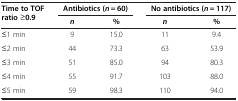
| <ROWSPAN=2> Time to TOF ratio ≥0.9 | <COLSPAN=2> Antibiotics ( n  = 60) | <COLSPAN=2> No antibiotics ( n  = 117) |
 | n | % | n | % |
 | --- | --- | --- | --- | --- |
 | ≤1 min | 9 | 15.0 | 11 | 9.4 |
 | ≤2 min | 44 | 73.3 | 63 | 53.9 |
 | ≤3 min | 51 | 85.0 | 94 | 80.3 |
 | ≤4 min | 55 | 91.7 | 103 | 88.0 |
 | ≤5 min | 59 | 98.3 | 110 | 94.0 |